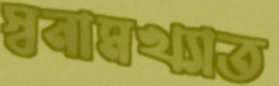
স্বনামখ্যাত